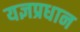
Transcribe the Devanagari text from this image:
यज्ञप्रधान